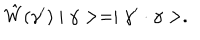
\hat { W } ( \gamma ^ { \prime } ) \mid \gamma > = \mid \gamma ^ { \prime } \cdot \gamma > .